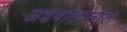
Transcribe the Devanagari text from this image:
अहवालातील